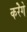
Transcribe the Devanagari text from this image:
करेॆगे